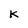
Character: K